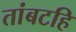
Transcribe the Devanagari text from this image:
तांबटहि